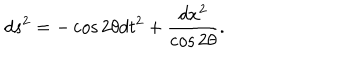
d s ^ { 2 } = - \cos 2 \theta d t ^ { 2 } + \frac { d x ^ { 2 } } { \cos 2 \theta } .